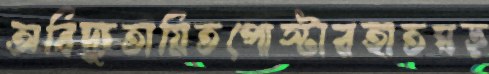
অবিদ্যুতায়িতপোস্টারহাতঘড়